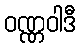
ဝဏ္ဏဝါဒီ